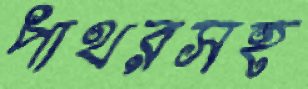
পাথরসহ